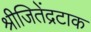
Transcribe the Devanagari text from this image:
श्रीजितेंद्रटाक